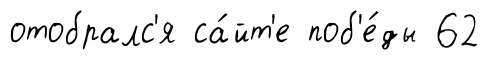
отобралс'я са́йт'е поб'е́ды 62